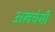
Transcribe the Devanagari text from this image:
अलचेमी